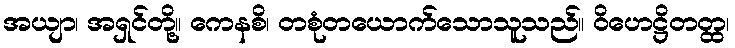
အယျာ၊ အရှင်တို့။ ကေနစိ၊ တစုံတယောက်သောသူသည်။ ဝိဟေဋ္ဌိတတ္ထ၊